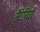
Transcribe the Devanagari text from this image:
सैंटेरियो